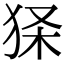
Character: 𤞎